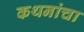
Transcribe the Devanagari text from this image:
कथनांचा